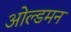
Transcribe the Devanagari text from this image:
ओल्डमन